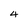
Character: 4